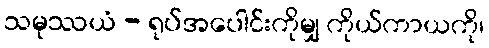
သမုဿယံ - ရုပ်အပေါင်းကိုမျှ ကိုယ်ကာယကို၊